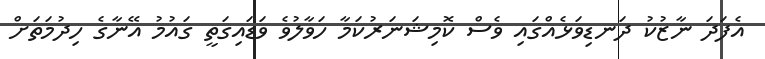
އެފަދަ ނާޒުކު ދަނޑިވަޅެއްގައި ވެސް ކޮމިޝަނަރުކަމާ ހަވާލުވެ ވަޑައިގަތީ ގައުމު އޭނާގެ ހިދުމަތަށް